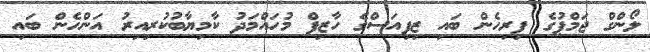
ލޯންގް ޖަމްޕުގެ ފިރިހެން ބައި ޒިފިއަސްގެ ހާޒިފް މުހައްމަދު ކާމިޔާބުކުރިއިރު އަންހެން ބައި